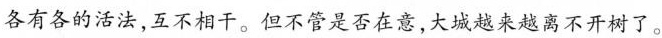
各有各的活法，互不相干，但不管是否在意，大城越来越离不开树了。